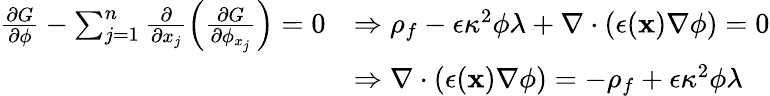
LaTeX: \begin{array}{rl}{\frac{\partial G}{\partial\phi}-\sum_{j=1}^{n}\frac{\partial}{\partial x_{j}}\left(\frac{\partial G}{\partial\phi_{x_{j}}}\right)=0}&{\Rightarrow\rho_{f}-\epsilon\kappa^{2}\phi\lambda+\nabla\cdot(\epsilon(\mathbf{x})\nabla\phi)=0}\\ &{\Rightarrow\nabla\cdot(\epsilon(\mathbf{x})\nabla\phi)=-\rho_{f}+\epsilon\kappa^{2}\phi\lambda}\end{array}